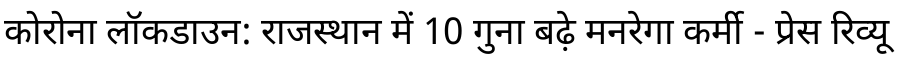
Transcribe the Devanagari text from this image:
कोरोना लॉकडाउन: राजस्थान में 10 गुना बढ़े मनरेगा कर्मी - प्रेस रिव्यू